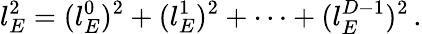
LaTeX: l_{E}^{2}=(l_{E}^{0})^{2}+(l_{E}^{1})^{2}+\cdots+(l_{E}^{D-1})^{2}\, .